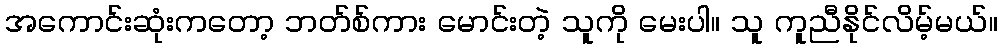
အကောင်းဆုံးကတော့ ဘတ်စ်ကား မောင်းတဲ့ သူကို မေးပါ။ သူ ကူညီနိုင်လိမ့်မယ်။